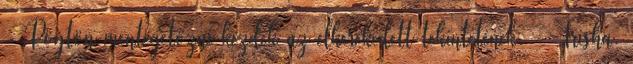
- Rögtön mentegetőzni kezdek az elkerekedett tekintetének. - Trisha.